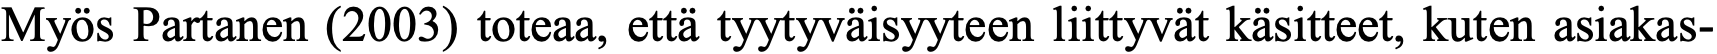
Myös Partanen (2003) toteaa, että tyytyväisyyteen liittyvät käsitteet, kuten asiakas-